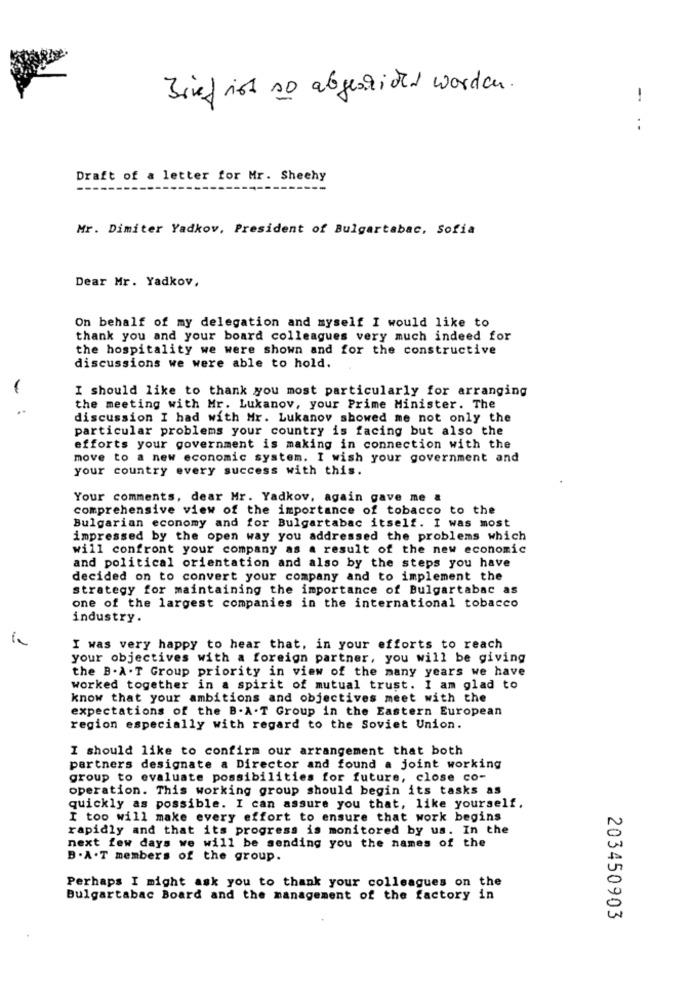
Brief ist so abgesticht worden .
Draft of a letter for Mr. Sheehy
Mr. Dimiter Yadkov, President of Bulgartabac, Sofia
Dear Mr. Yadkov,
On behalf of my delegation and myself I would like to
thank you and your board colleagues very much indeed for
the hospitality we were shown and for the constructive
discussions we were able to hold.
I should like to thank you most particularly for arranging
the meeting with Mr. Lukanov, your Prime Minister. The
discussion I had with Mr. Lukanov showed me not only the
particular problems your country is facing but also the
efforts your government is making in connection with the
move to a new economic system. I wish your government and
your country every success with this.
Your comments, dear Mr. Yadkov, again gave me &
comprehensive view of the importance of tobacco to the
Bulgarian economy and for Bulgartabac itself. I was most
impressed by the open way you addressed the problems which
will confront your company as a result of the new economic
and political orientation and also by the steps you have
decided on to convert your company and to implement the
strategy for maintaining the importance of Bulgartabac as
one of the largest companies in the international tobacco
industry.
I was very happy to hear that, in your efforts to reach
your objectives with a foreign partner, you will be giving
the B. A . T Group priority in view of the many years we have
worked together in a spirit of mutual trust. I am glad to
know that your ambitions and objectives meet with the
expectations of the B.A.T Group in the Eastern European
region especially with regard to the Soviet Union.
I should like to confirm our arrangement that both
partners designate a Director and found a joint working
group to evaluate possibilities for future, close co-
operation. This working group should begin its tasks as
quickly as possible. I can assure you that, like yourself.
I too will make every effort to ensure that work begins
rapidly and that its progress is monitored by us. In the
next few days we will be sending you the names of the
B . A . T members of the group.
Perhaps I might ask you to thank your colleagues on the
Bulgartabac Board and the management of the factory in
203450903